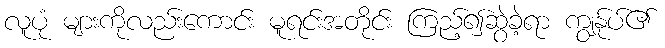
လူပုံ များကိုလည်းကောင်း မူရင်းအတိုင်း ကြည့်၍ဆွဲခဲ့ရာ ကျွန်ုပ်၏